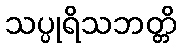
သပ္ပုရိသဘတ္တိ